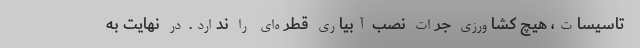
تاسیسات، هیچ کشاورزی جرات نصب آبیاری قطره‌ای را ندارد. در نهایت به